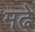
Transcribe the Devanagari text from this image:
मढे